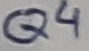
Text: Q4